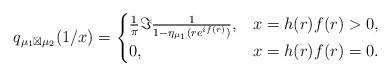
LaTeX: \begin{align*}q_{\mu_{1}\boxtimes\mu_{2}}(1/x)=\begin{cases}\frac{1}{\pi}\Im\frac{1}{1-\eta_{\mu_{1}}(re^{if(r)})}, & x=h(r)f(r)>0,\\0, & x=h(r)f(r)=0.\end{cases}\end{align*}